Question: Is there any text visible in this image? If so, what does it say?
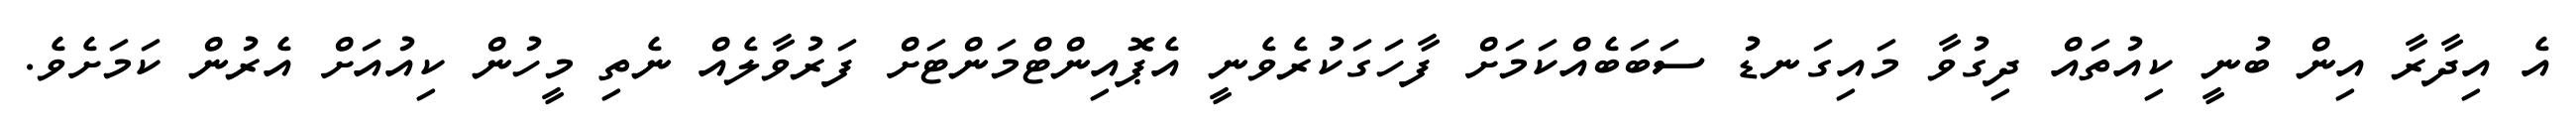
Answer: އެ އިދާރާ އިން ބުނީ ކިއުތައް ދިގުވާ މައިގަނޑު ސަބަބެއްކަމަށް ފާހަގަކުރެވެނީ އެޕޮއިންޓްމަންޓަށް ފަރުވާލެއް ނެތި މީހުން ކިއުއަށް އެރުން ކަމަށެވެ.